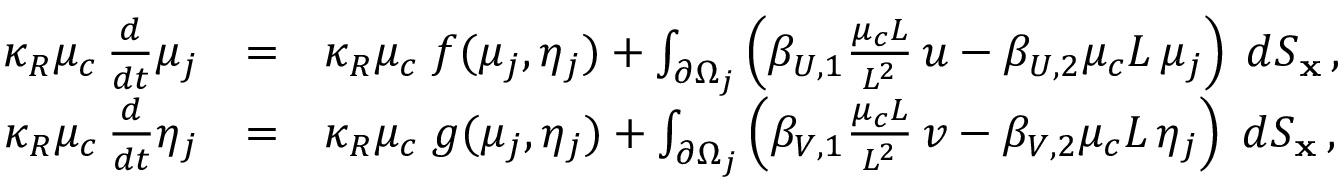
\begin{array} { l r r c l } & & { \kappa _ { R } \mu _ { c } \, \frac { d } { d t } \mu _ { j } } & { = } & { \kappa _ { R } \mu _ { c } \; f ( \mu _ { j } , \eta _ { j } ) + \int _ { \partial \Omega _ { j } } \left( \beta _ { U , 1 } \frac { \mu _ { c } L } { L ^ { 2 } } \, u - \beta _ { U , 2 } \mu _ { c } L \, \mu _ { j } \right) \; d S _ { \bf x } \, , } \\ & & { \kappa _ { R } \mu _ { c } \, \frac { d } { d t } \eta _ { j } } & { = } & { \kappa _ { R } \mu _ { c } \; g ( \mu _ { j } , \eta _ { j } ) + \int _ { \partial \Omega _ { j } } \left( \beta _ { V , 1 } \frac { \mu _ { c } L } { L ^ { 2 } } \, v - \beta _ { V , 2 } \mu _ { c } L \, \eta _ { j } \right) \; d S _ { \bf x } \, , } \end{array}